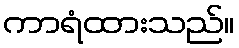
ကာရံထားသည်။